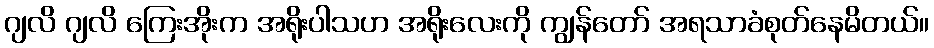
ဂျလိ ဂျလိ ကြေးအိုးက အရိုးပါသဟ အရိုးလေးကို ကျွန်တော် အရသာခံစုတ်နေမိတယ်။